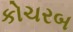
કોચરબ